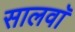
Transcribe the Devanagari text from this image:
सालवाॅ